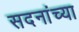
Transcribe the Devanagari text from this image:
सदनांच्या